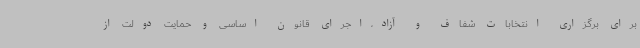
برای برگزاری انتخابات شفاف و آزاد،اجرای قانون اساسی و حمایت دولت از